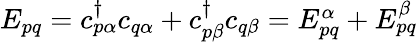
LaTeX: \begin{array}{r}{E_{pq}=c_{p\alpha}^{\dagger}c_{q\alpha}+c_{p\beta}^{\dagger}c_{q\beta}=E_{pq}^{\alpha}+E_{pq}^{\beta}}\end{array}